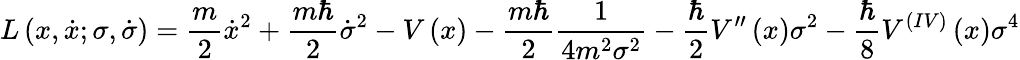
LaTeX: L\left(x,\dot{x};\sigma,\dot{\sigma}\right)=\frac{m}{2}\dot{x}^{2}+\frac{m\hbar}{2}\dot{\sigma}^{2}-V\left(x\right)-\frac{m\hbar}{2}\frac{1}{4m^{2}\sigma^{2}}-\frac{\hbar}{2}V^{\prime\prime}\left(x\right)\sigma^{2}-\frac{\hbar}{8}V^{(IV)}\left(x\right)\sigma^{4}